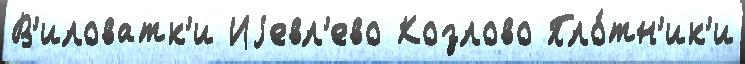
В'иловатк'и Иjевл'ево Козлово Пло́тн'ик'и